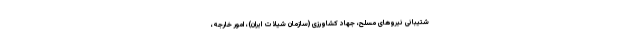
شتیبانی نیروهای مسلح، جهاد کشاورزی (سازمان شیلات ایران)، امور خارجه،